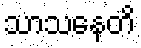
သာသနေတိ